Vaccination in Bombay 1863-1868 - 1863-1868
Year: 1863
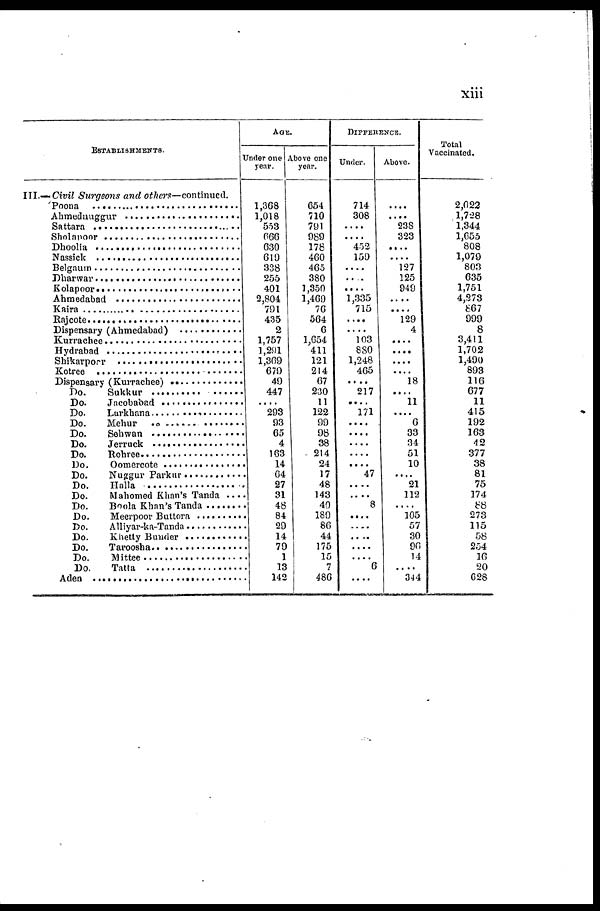
xiii
ESTABLISHMENTS.
III.— Civil Surgeons and others—continued.
Poona . . . . . . . . . . . . . . . . . . . . . . . .
Ahmednuggur . . . . . . . . . . . . . . . . . .
Sattara . . . . . . . . . . . . . . . . . . . . . . . . .
Sholapur . . . . . . . . . . . . . . . . . . . . . . .
Dhoolia . . . . . . . . . . . . . . . . . . . . . . . .
Nassick . . . . . . . . . . . . . . . . . . . . . . . . .
Belgaum . . . . . . . . . . . . . . . . . . . . . . . .
Dharwar . . . . . . . . . . . . . . . . . . . . . . .
Kolapoor . . . . . . . . . . . . . . . . . . . . . . . .
Ahmedabad . . . . . . . . . . . . . . . . . . . . . .
Kaira . . . . . . . . . . . . . . . . . . . . . . . . . .
Rajcote . . . . . . . . . . . . . . . . . . . . . . . . .
Dispensary (Ahmedabad) . . . . . . . . . . . .
Kurrachee . . . . . . . . . . . . . . . . . . . . . . .
Hydrabad . . . . . . . . . . . . . . . . . . . . . .
Shikarpoor . . . . . . . . . . . . . . . . . . . . .
Kotree . . . . . . . . . . . . . . . . . . . . . . . . .
Dispensary (kurachee) . . . . . . . . . . . . .
Do.
Sukkur . . . . . . . . . . . . . . . . . . .
Do. Jacobabad . . . . . . . . . . . . . . . .
Do. Lurkhana . . . . . . . . . . . . . . . . .
Do. Mehur . . . . . . . . . . . . . . . . . . .
Do. Shewan . . . . . . . . . . . . . . . . . .
Do. Jerruck . . . . . . . . . . . . . . . . . . .
Do. Rohree . . . . . . . . . . . . . . . . . . .
Do. Oomercote . . . . . . . . . . . . . . . .
Do. Nuggur Parkur . . . . . . . . . . . . .
Do. Halla . . . . . . . . . . . . . . . . . . . .
Do.
Mahomed Khan's Tanda . . . .
Do. Boola Khan's Tanda . . . . . . . .
Do. Meerpoor Buttora . . . . . . . . . .
Do. Aliyar- ka- Tanda . . . . . . . . . . .
Do. Khetty Bunder . . . . . . . . . . . . . .
Do. Taroosha . . . . . . . . . . . . . . . . . . .
Do. Mittee . . . . . . . . . . . . . . . . . . . . .
Do. Tatta . . . . . . . . . . . . . . . . . . . . . .
Aden . . . . . . . . . . . . . . . . . . . . . . . . . . . . . .
AGE.
Under one
year.
1,368
1,018
553
666
630
619
338
255
401
2,804
701
435
2
1,757
1,291
1,369
679
49
447
....
293
93
65
4
163
14
64
27
31
48
84
29
14
79
1
13
142
Above one
year.
654
710
791
989
178
460
465
380
1,350
1,469
76
564
6
1,654
411
121
214
67
230
11
122
99
98
38
214
24
17
48
143
40
189
86
44
175
15
7
486
DIFFERENCE.
Under.
714
308
....
....
452
159
....
....
.... 1,335
715
....
....
103
880
1,248
465
....
217
....
171
....
....
....
....
....
47
....
.... 8
....
....
....
....
6
....
Above.
....
....
238
323
....
....
127
125
949
....
....
129
4
....
....
....
.... 18
.... 11
....
6
33
34
51
10
....
21
112
....
105
57
30
96
14
....
344
Total
Vaccinated.
2,022
1,728
1,344
1,655
808
1,079
803
635
1,751
4,373
867
999
8
3,411
1,702
1,490
893
116
677
11
415
192
163
42
377
38
81
75
174
88
273
115
58
254
16
20
628